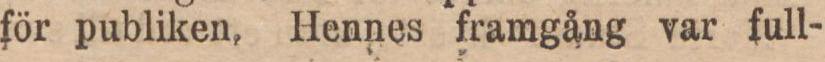
för publiken. Hennes framgång var full-